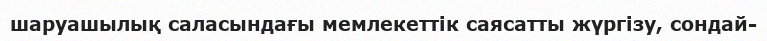
шаруашылық саласындағы мемлекеттік саясатты жүргізу, сондай-